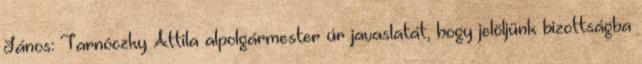
János: Tarnóczky Attila alpolgármester úr javaslatát, hogy jelöljünk bizottságba